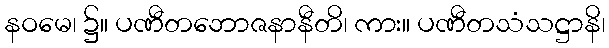
နဝမေ၊ ၌။ ပဏီတဘောဇနာနီတိ၊ ကား။ ပဏီတသံသဋ္ဌာနိ၊